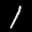
Label: 1